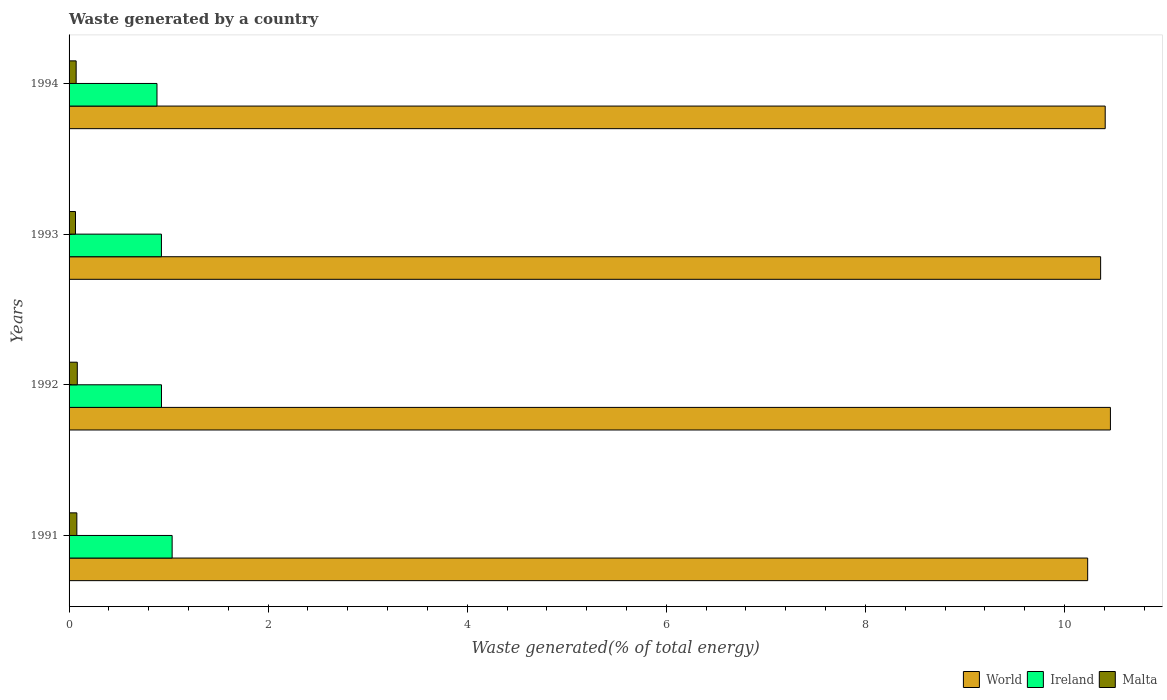
| Years | World | Ireland | Malta |
 | --- | --- | --- | --- |
 | 1991 | 10.2 | 1.04 | 0.0781 |
 | 1992 | 10.5 | 0.928 | 0.0826 |
 | 1993 | 10.4 | 0.928 | 0.0646 |
 | 1994 | 10.4 | 0.883 | 0.0712 |